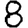
Digit: 8